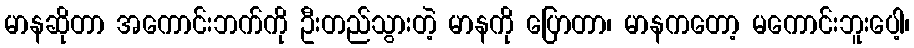
မာနဆိုတာ အကောင်းဘက်ကို ဦးတည်သွားတဲ့ မာနကို ပြောတာ၊ မာနကတော့ မကောင်းဘူးပေါ့၊